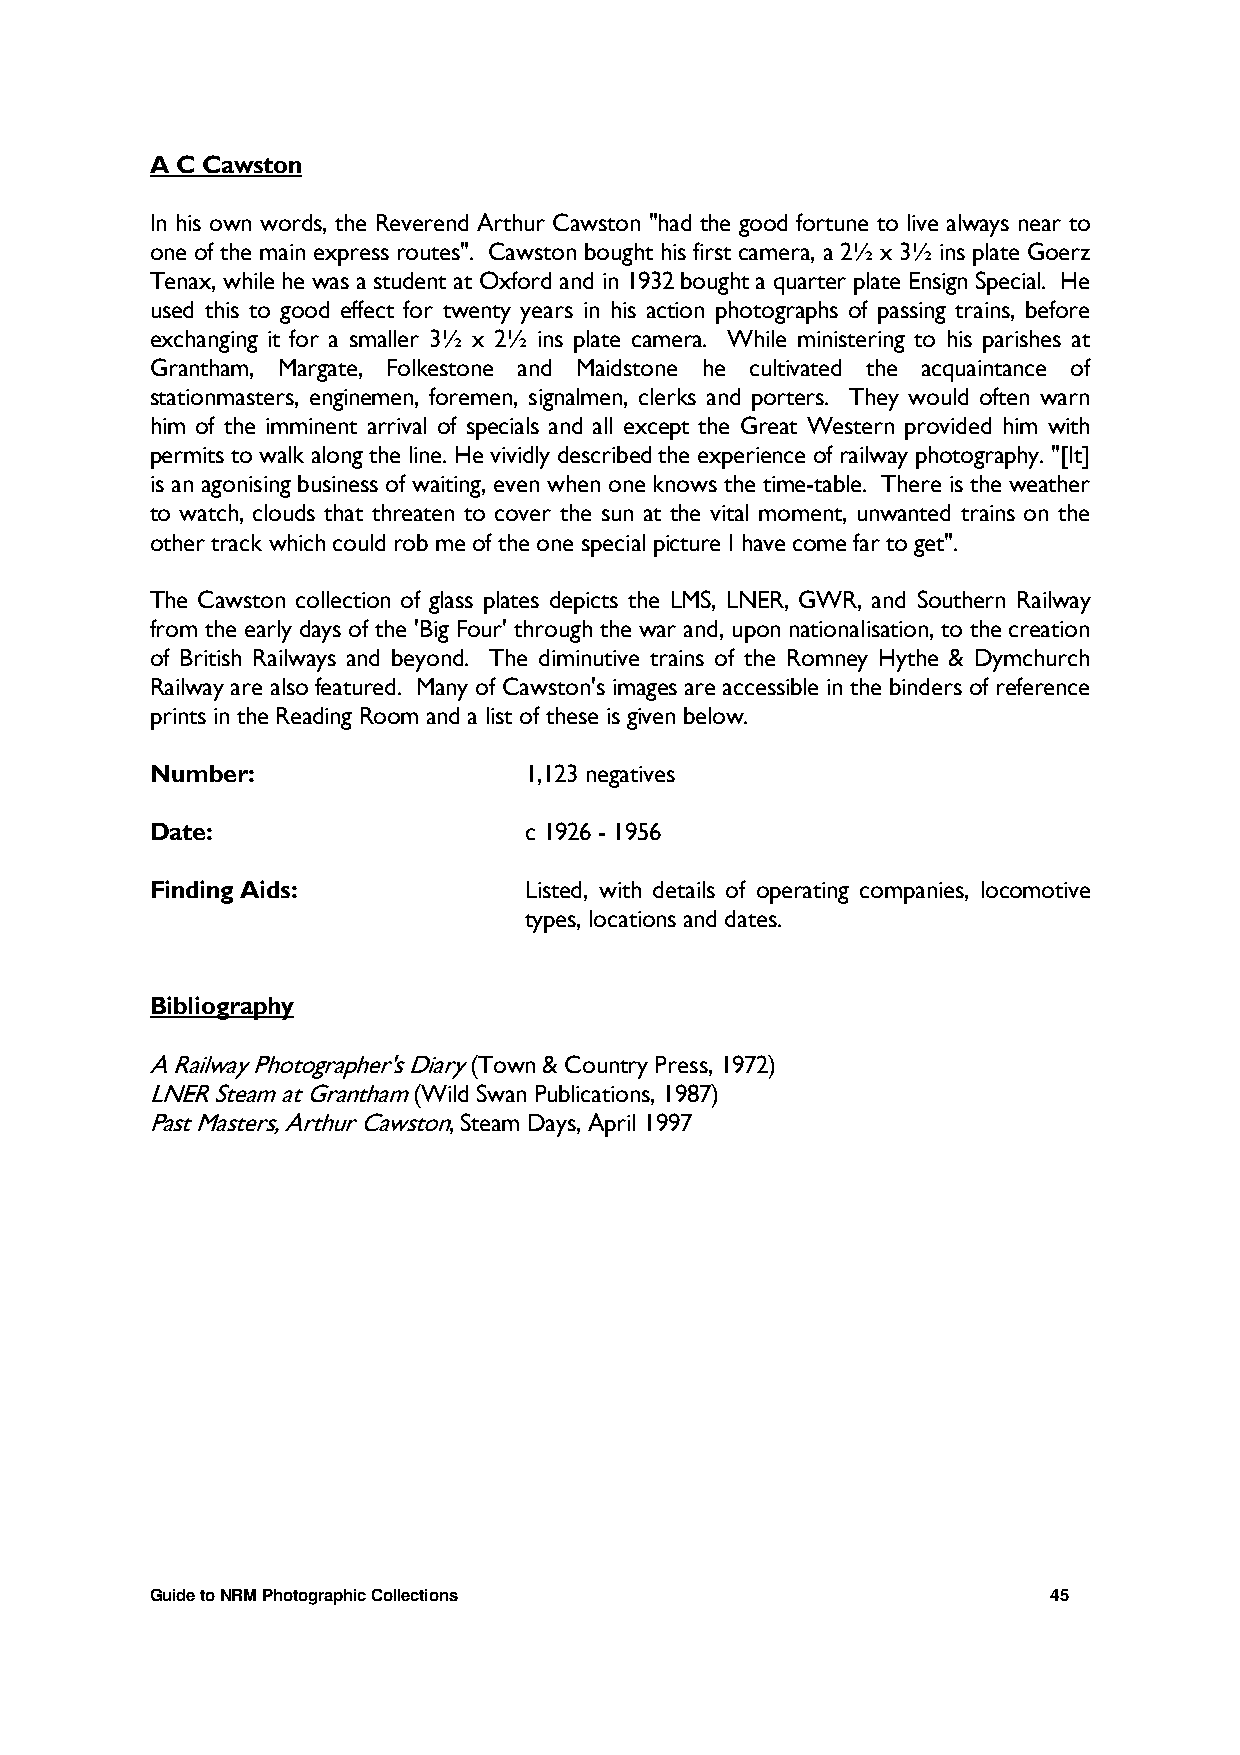
A C Cawston
 In his own words, the Reverend Arthur Cawston "had the good fortune to live always near to
 one of the main express routes". Cawston bought his first camera, a 2½ x 3½ ins plate Goerz
 Tenax, while he was a student at Oxford and in 1932 bought a quarter plate Ensign Special. He
 used this to good effect for twenty years in his action photographs of passing trains, before
 exchanging it for a smaller 3½ x 2½ ins plate camera. While ministering to his parishes at
 Grantham, Margate, Folkestone and Maidstone he cultivated the acquaintance of
 stationmasters, enginemen, foremen, signalmen, clerks and porters. They would often warn
 him of the imminent arrival of specials and all except the Great Western provided him with
 permits to walk along the line. He vividly described the experience of railway photography. "[It]
 is an agonising business of waiting, even when one knows the time-table. There is the weather
 to watch, clouds that threaten to cover the sun at the vital moment, unwanted trains on the
 other track which could rob me of the one special picture I have come far to get".
 The Cawston collection of glass plates depicts the LMS, LNER, GWR, and Southern Railway
 from the early days of the 'Big Four' through the war and, upon nationalisation, to the creation
 of British Railways and beyond. The diminutive trains of the Romney Hythe & Dymchurch
 Railway are also featured. Many of Cawston's images are accessible in the binders of reference
 prints in the Reading Room and a list of these is given below.
 Number:                  1,123 negatives
 Date:                    c 1926 - 1956
 Finding Aids:            Listed, with details of operating companies, locomotive
 types, locations and dates.
 Bibliography
 A Railway Photographer's Diary (Town & Country Press, 1972)
 LNER Steam at Grantham (Wild Swan Publications, 1987)
 Past Masters, Arthur Cawston, Steam Days, April 1997
 Guide to NRM Photographic Collections                       45